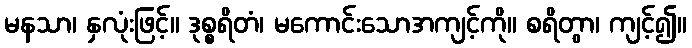
မနသာ၊ နှလုံးဖြင့်။ ဒုစ္စရိတံ၊ မကောင်းသောအကျင့်ကို။ စရိတွာ၊ ကျင့်၍။